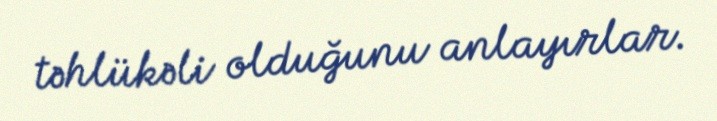
təhlükəli olduğunu anlayırlar.